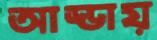
আড্ডায়